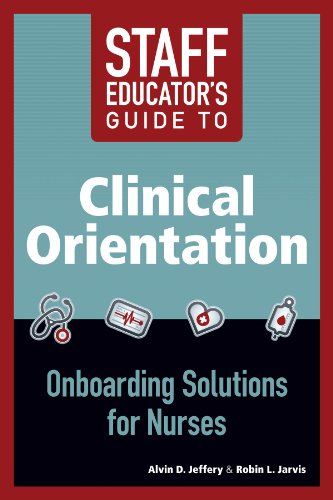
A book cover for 2014 AJN Award Recipient Staff Educator's Guide to Clinical Orientation: Onboarding Solutions for Nurses; Alvin D. Jeffery; Medical Books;